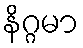
နိဂ္ဂမာ